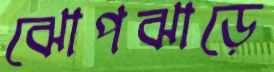
ঝোপঝাড়ে